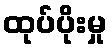
ထုပ်ပိုးမှု